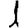
Digit: 1